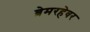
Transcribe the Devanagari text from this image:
ब्रेमरहेवर